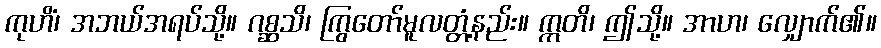
ကုဟိံ၊ အဘယ်အရပ်သို့။ ဂစ္ဆသိ၊ ကြွတော်မူလတ္တံ့နည်း။ ဣတိ၊ ဤသို့။ အာဟ၊ လျှောက်၏။